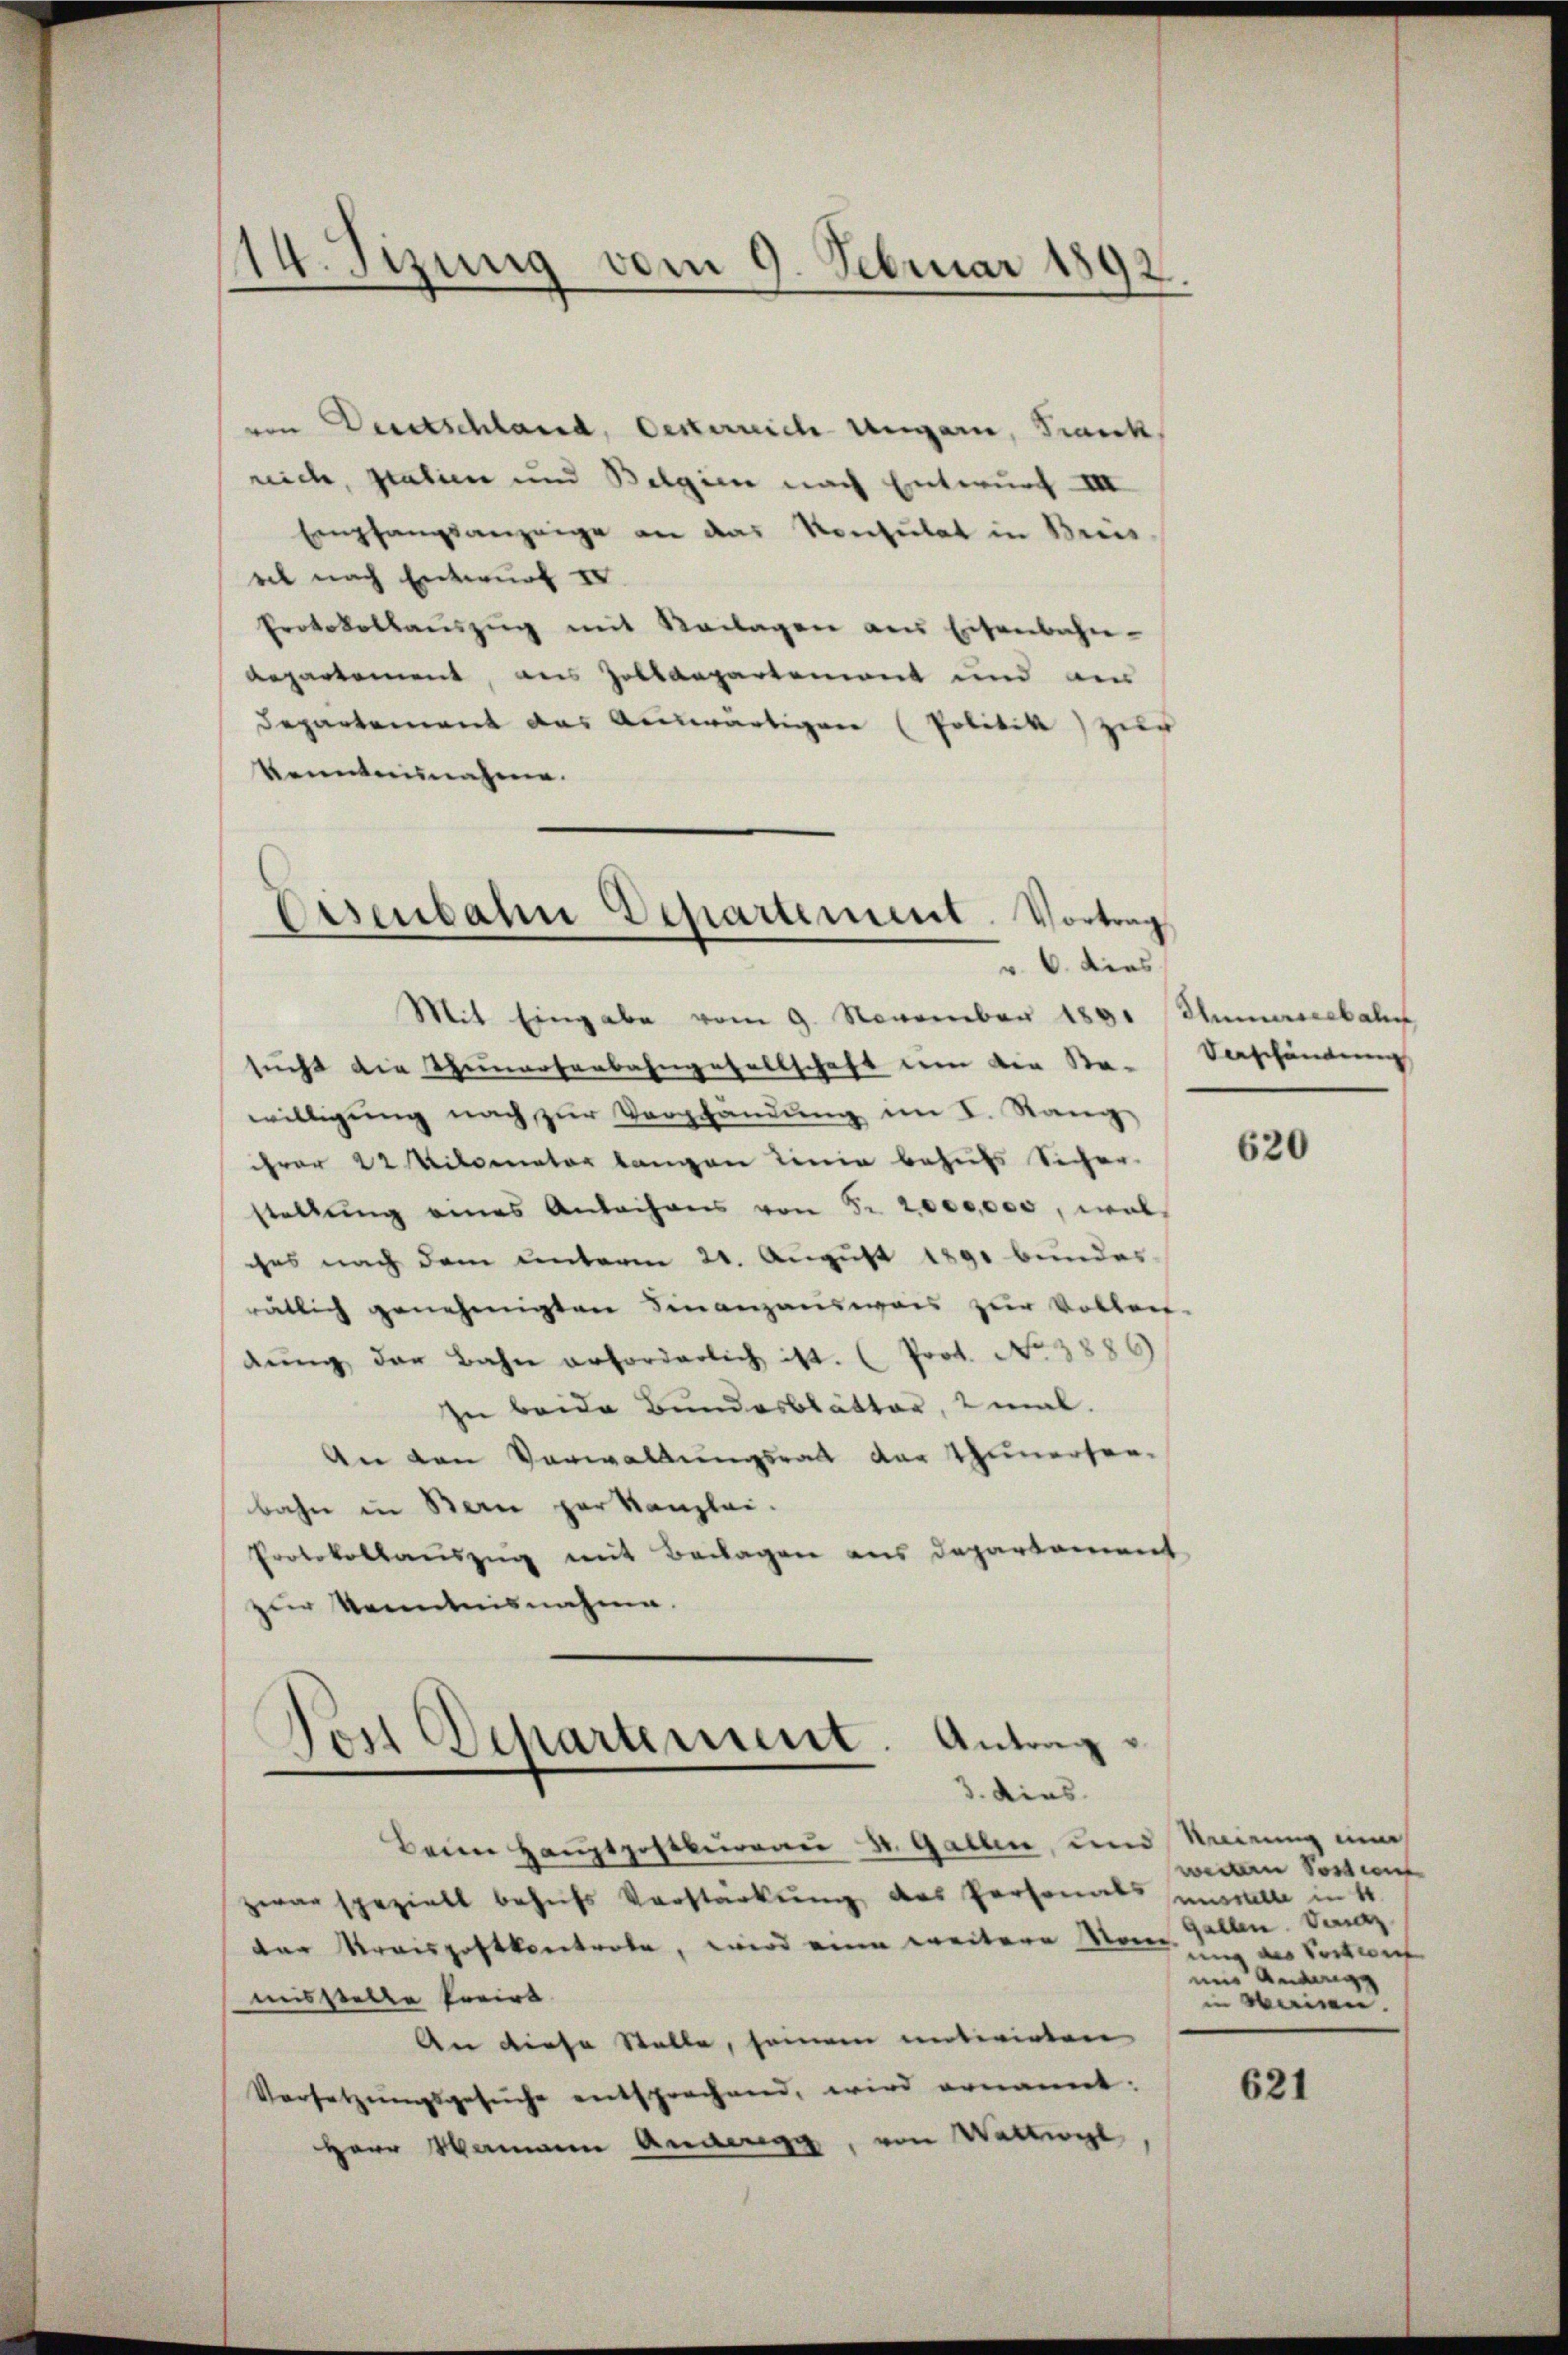
14. Tizung vom 9. Februar 1892
e

von Wertschland, Oesterreich Ungarn, Frank,
reich, statien und Belgien nach Entwurf III
Empfangsanzeige an das Konsulat in Breis
eet nach Entwurf IV
Protokollauszug mit Mailagen aus Eisenbahn-
Repartement, aus Zolldepartement und am
Departement das Auswärtigen (Politik zur
Kenntnisnahme.
Eisenbahn Departement. Vortrag

v. 6. dies

Mit Eingabe vom 9. November 1891 Numererbal
sucht die Seinersenbahngesellschaft dem den Sa-
willigung nach zur Verpfändung im I. Rang,
hrer 22 Milometer langen Linie behufs Sicher-
stellung eines Anbahres von Fr. 2000,000, was
ches nach dem unterm 20. August 1891 bundes
rätlich genehmigten Finanzausweis zur Vollen-
dŭng der Bahn erforderlich ist. (Prot. No. 1886)
In beide Bundesblätter, 2 mal.
An den Verwaltungsrath der Thunerfer-
bahn in Bern herkanzlei.
Protokollauszug mit Beilagen aus Departement
zur Kenntnisnahme.

Post Departement. Antrag
3. dies

Beim Haŭptpostkurren St. Gallen, und Meinung ein
zwar speziell behufs Vorstärkung des Personals unstelle in 4.
der Kreispostkontrole, wird eine weitere Mann an Seitert
misstelle korirt
An diese Stalle, seinem unterirten
Vorsetzungsgesuche entsprechend, wird ernannt:
Herr Mamann Anderegg, von Wattingl

Verschändung

620

weitern Postens
Gallen. Dez
und andange
in keinen.

621